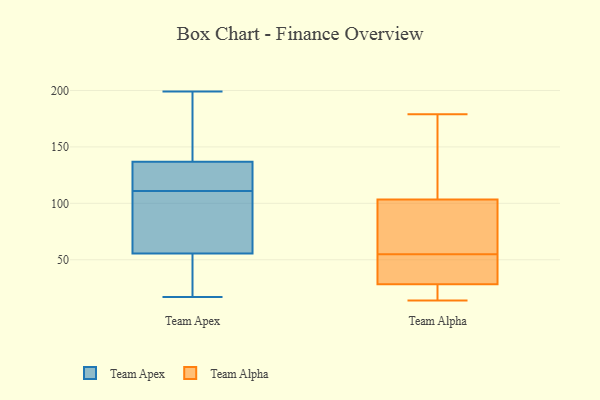
{"axis": {"x": "Gross Profit (USD K)", "y": "Value"}, "legend": ["Team Alpha", "Team Apex"], "data": [{"x": "", "y": 38, "type": "Team Apex"}, {"x": "", "y": 48, "type": "Team Apex"}, {"x": "", "y": 78, "type": "Team Apex"}, {"x": "", "y": 17, "type": "Team Apex"}, {"x": "", "y": 137, "type": "Team Apex"}, {"x": "", "y": 98, "type": "Team Apex"}, {"x": "", "y": 102, "type": "Team Apex"}, {"x": "", "y": 127, "type": "Team Apex"}, {"x": "", "y": 136, "type": "Team Apex"}, {"x": "", "y": 111, "type": "Team Apex"}, {"x": "", "y": 44, "type": "Team Apex"}, {"x": "", "y": 118, "type": "Team Apex"}, {"x": "", "y": 176, "type": "Team Apex"}, {"x": "", "y": 199, "type": "Team Apex"}, {"x": "", "y": 185, "type": "Team Apex"}, {"x": "", "y": 19, "type": "Team Alpha"}, {"x": "", "y": 67, "type": "Team Alpha"}, {"x": "", "y": 100, "type": "Team Alpha"}, {"x": "", "y": 87, "type": "Team Alpha"}, {"x": "", "y": 47, "type": "Team Alpha"}, {"x": "", "y": 116, "type": "Team Alpha"}, {"x": "", "y": 114, "type": "Team Alpha"}, {"x": "", "y": 14, "type": "Team Alpha"}, {"x": "", "y": 19, "type": "Team Alpha"}, {"x": "", "y": 179, "type": "Team Alpha"}, {"x": "", "y": 34, "type": "Team Alpha"}, {"x": "", "y": 30, "type": "Team Alpha"}, {"x": "", "y": 80, "type": "Team Alpha"}, {"x": "", "y": 37, "type": "Team Alpha"}, {"x": "", "y": 23, "type": "Team Alpha"}, {"x": "", "y": 55, "type": "Team Alpha"}, {"x": "", "y": 115, "type": "Team Alpha"}]}